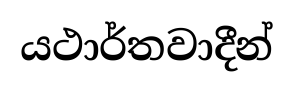
යථාර්තවාදීන්